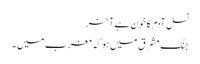
نسل آدم کا خون ہے آخر
جنگ مشرق میں ہو کہ مغرب میں ۔